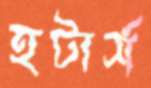
হটার্স